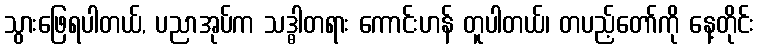
သွားဖြေရပါတယ်, ပညာအုပ်က သဒ္ဓါတရား ကောင်းဟန် တူပါတယ်၊ တပည့်တော်ကို နေ့တိုင်း